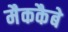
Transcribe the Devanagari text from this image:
मैककैबे